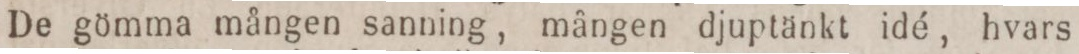
De gömma mången sanning, mången djuptänkt idé, hvars